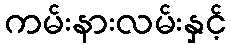
ကမ်းနားလမ်းနှင့်